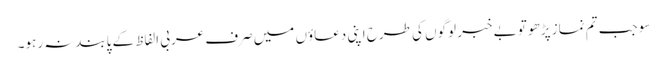
سو جب تم نماز پڑھو تو بے خبر لوگوں کی طرح اپنی دعاؤں میں صرف عربی الفاظ کے پابندنہ رہو۔